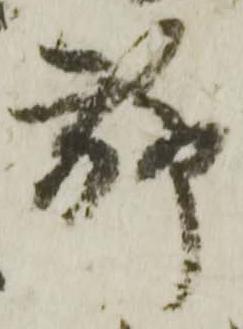
聊